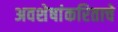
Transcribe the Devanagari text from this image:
अवशेषांकरिताचे